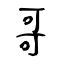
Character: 哥